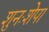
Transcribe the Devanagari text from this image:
शुनःशेपा